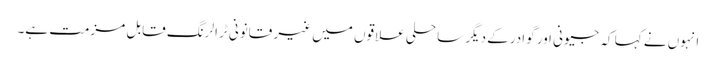
انہوں نے کہا کہ جیونی اور گوادرکے دیگر ساحلی علاقوں میں غیر قانونی ٹرالرنگ قابل مزمت ہے۔